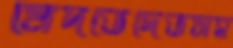
মেদভেদেভসহ